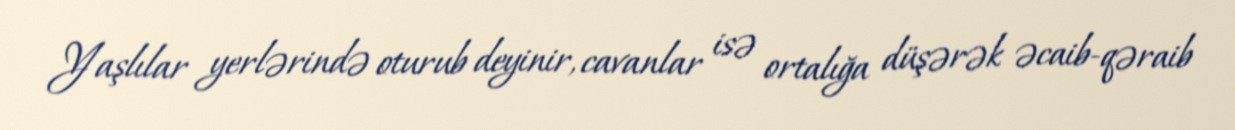
Yaşlılar yerlərində oturub deyinir, cavanlar isə ortalığa düşərək əcaib-qəraib